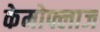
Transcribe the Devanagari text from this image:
केमोफ्लाज